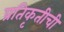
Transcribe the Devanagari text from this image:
प्रतिकृतीची